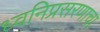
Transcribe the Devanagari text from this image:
ध्वनिप्रसरणाचा